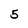
Character: 5